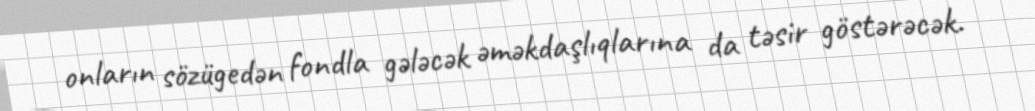
onların sözügedən fondla gələcək əməkdaşlıqlarına da təsir göstərəcək.